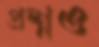
প্রশ্নও